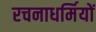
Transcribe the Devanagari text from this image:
रचनाधर्मियों